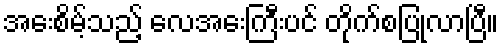
အေးစိမ့်သည့် လေအေးကြီးပင် တိုက်စပြုလာပြီ။